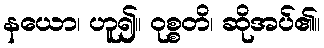
နယော၊ ဟူ၍။ ဝုစ္စတိ၊ ဆိုအပ်၏။